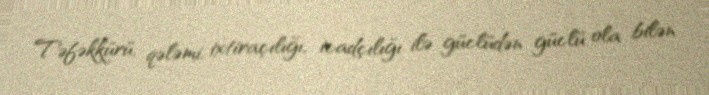
Təfəkkürü, qələmi, ixtiraçılığı, icadçılığı ilə güclüdən güclü ola bilən